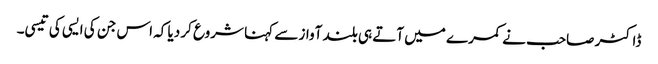
ڈاکٹر صاحب نے کمرے میں آتے ہی بلند آواز سے کہنا شروع کر دیا کہ اس جن کی ایسی کی تیسی۔